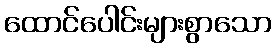
ထောင်ပေါင်းများစွာသော